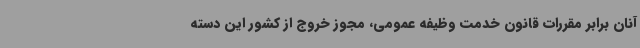
آنان برابر مقررات قانون خدمت وظیفه عمومی، مجوز خروج از کشور این دسته